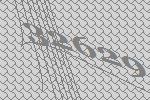
32629